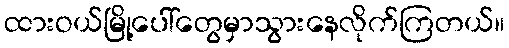
ထားဝယ်မြို့ပေါ်တွေမှာသွားနေလိုက်ကြတယ်။